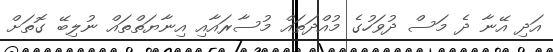
އަދި އޭނާ ދެ މަސް ދުވަހުގެ މުއްދަތައް މުސާރައާއި އިނާޔަތްތައް ނުލިބޭ ގޮތަށް